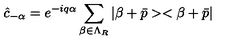
\hat { c } _ { - \alpha } = e ^ { - i q \alpha } \sum _ { \beta \in \Lambda _ { R } } | \beta + \bar { p } > < \beta + \bar { p } |